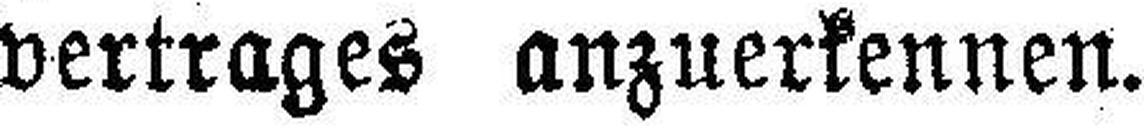
Vertrages anzuerkennen.